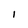
Character: 1